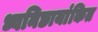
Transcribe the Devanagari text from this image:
ध्वनिछायांकित